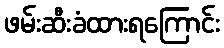
ဖမ်းဆီးခံထားရကြောင်း